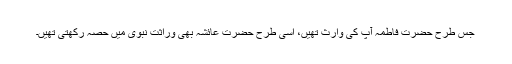
جس طرح حضرت فاطمہ آپ کی وارث تھیں، اسی طرح حضرت عائشہ بھی وراثت نبوی میں حصہ رکھتی تھیں۔